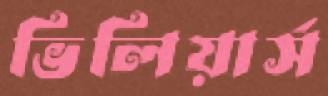
ভিলিয়ার্স